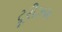
ટૂરીઝમ